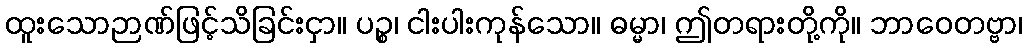
ထူးသောဉာဏ်ဖြင့်သိခြင်းငှာ။ ပဉ္စ၊ ငါးပါးကုန်သော။ ဓမ္မာ၊ ဤတရားတို့ကို။ ဘာဝေတဗ္ဗာ၊